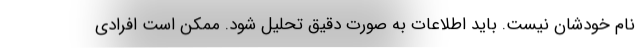
نام خودشان نیست. باید اطلاعات به صورت دقیق تحلیل شود. ممکن است افرادی